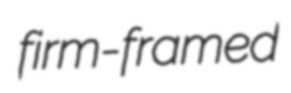
firm-framed